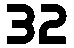
32